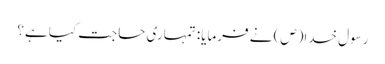
رسول خدا(ص) نے فرمایا: تمہاری حاجت کیا ہے؟